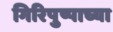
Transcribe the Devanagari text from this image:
गिरिपुष्पाच्या